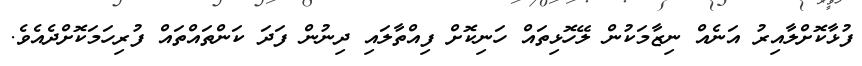
ފުޅާކޮށްލާއިރު އަނެއް ނިޒާމަކުން ލޭހޮޅިތައް ހަނިކޮށް ފިއްތާލައި ދިނުން ފަދަ ކަންތައްތައް ފުރިހަމަކޮށްދެއެވެ.